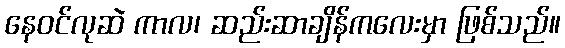
နေဝင်လုဆဲ ကာလ၊ ဆည်းဆာချိန်ကလေးမှာ ဖြစ်သည်။